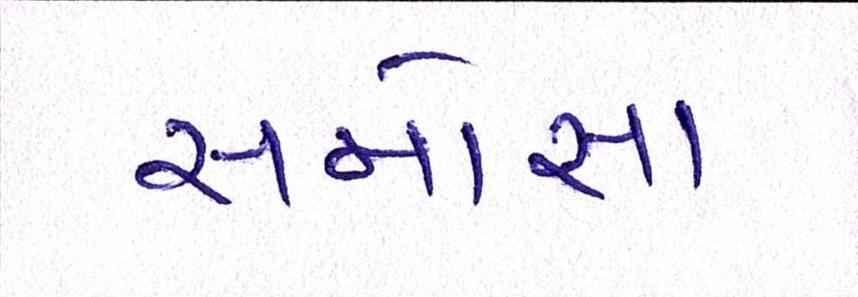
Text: સમોસા